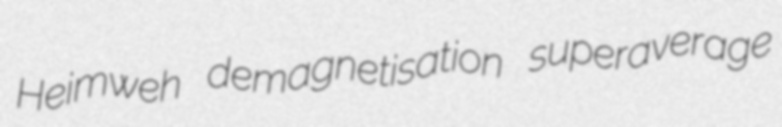
Heimweh demagnetisation superaverage